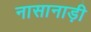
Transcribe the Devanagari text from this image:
नासानाड़ी